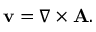
\mathbf { v } = \nabla \times \mathbf { A } .